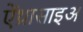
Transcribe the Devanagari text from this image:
ऐंथ्रासाइअ